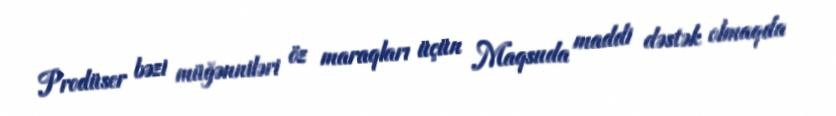
Prodüser bəzi müğənniləri öz maraqları üçün Maqsuda maddi dəstək olmaqda